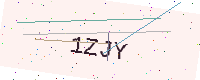
Text: 1ZJY